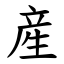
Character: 産